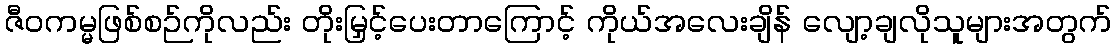
ဇီဝကမ္မဖြစ်စဉ်ကိုလည်း တိုးမြှင့်ပေးတာကြောင့် ကိုယ်အလေးချိန် လျော့ချလိုသူများအတွက်